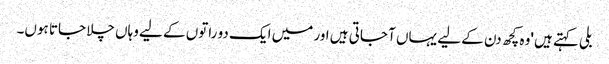
بلی کہتے ہیں 'وہ کچھ دن کے لیے یہاں آ جاتی ہیں اور میں ایک دو راتوں کے لیے وہاں چلا جاتا ہوں۔